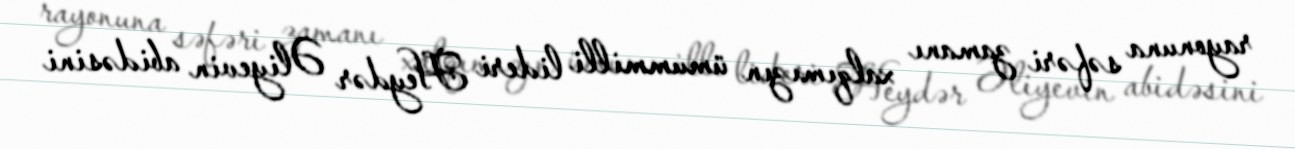
rayonuna səfəri zamanı xalqımızın ümummilli lideri Heydər Əliyevin abidəsini